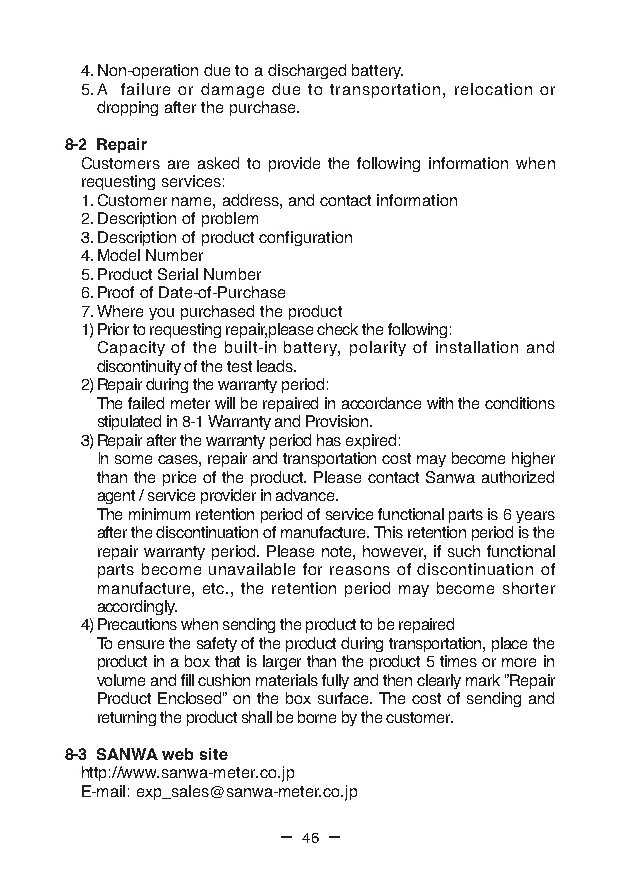
4. Non-operation due to a discharged battery.
 5. A failure or damage due to transportation, relocation or
 dropping after the purchase.
 8-2 Repair
 Customers are asked to provide the following information when
 requesting services:
 1. Customer name, address, and contact information
 2. Description of problem
 3. Description of product configuration
 4. Model Number
 5. Product Serial Number
 6. Proof of Date-of-Purchase
 7. Where you purchased the product
 1) Prior to requesting repair,please check the following:
 Capacity of the built-in battery, polarity of installation and
 discontinuity of the test leads.
 2) Repair during the warranty period:
 The failed meter will be repaired in accordance with the conditions
 stipulated in 8-1 Warranty and Provision.
 3) Repair after the warranty period has expired:
 In some cases, repair and transportation cost may become higher
 than the price of the product. Please contact Sanwa authorized
 agent / service provider in advance.
 The minimum retention period of service functional parts is 6 years
 after the discontinuation of manufacture. This retention period is the
 repair warranty period. Please note, however, if such functional
 parts become unavailable for reasons of discontinuation of
 manufacture, etc., the retention period may become shorter
 accordingly.
 4) Precautions when sending the product to be repaired
 To ensure the safety of the product during transportation, place the
 product in a box that is larger than the product 5 times or more in
 volume and fill cushion materials fully and then clearly mark ”Repair
 Product Enclosed” on the box surface. The cost of sending and
 returning the product shall be borne by the customer.
 8-3 SANWA web site
 http://www.sanwa-meter.co.jp
 E-mail: exp_sales@sanwa-meter.co.jp
 — 46 —